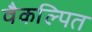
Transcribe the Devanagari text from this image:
वैकल्पित